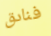
فنادق